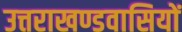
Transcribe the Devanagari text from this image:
उत्तराखण्डवासियों